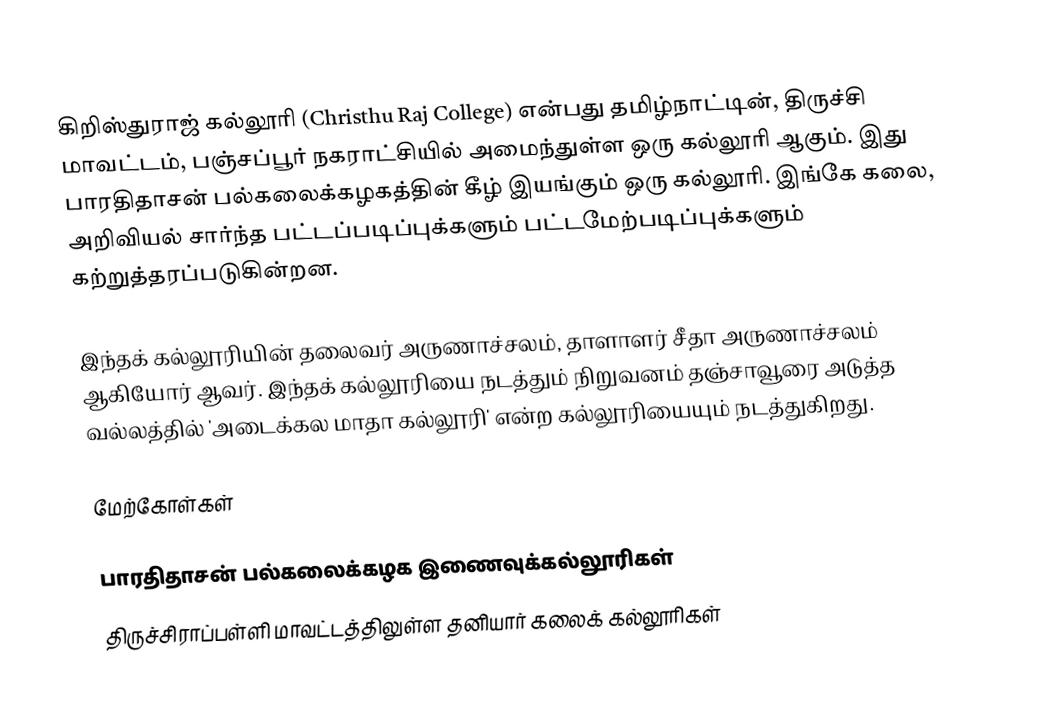
கிறிஸ்துராஜ் கல்லூரி (Christhu Raj College) என்பது தமிழ்நாட்டின், திருச்சி மாவட்டம், பஞ்சப்பூர் நகராட்சியில் அமைந்துள்ள ஒரு கல்லூரி ஆகும். இது பாரதிதாசன் பல்கலைக்கழகத்தின் கீழ் இயங்கும் ஒரு கல்லூரி. இங்கே கலை, அறிவியல் சார்ந்த பட்டப்படிப்புக்களும் பட்டமேற்படிப்புக்களும் கற்றுத்தரப்படுகின்றன.

இந்தக் கல்லூரியின் தலைவர் அருணாச்சலம், தாளாளர் சீதா அருணாச்சலம் ஆகியோர் ஆவர். இந்தக் கல்லூரியை நடத்தும் நிறுவனம் தஞ்சாவூரை அடுத்த வல்லத்தில் 'அடைக்கல மாதா கல்லூரி' என்ற கல்லூரியையும் நடத்துகிறது.

மேற்கோள்கள்

பாரதிதாசன் பல்கலைக்கழக இணைவுக்கல்லூரிகள்
திருச்சிராப்பள்ளி மாவட்டத்திலுள்ள தனியார் கலைக் கல்லூரிகள்